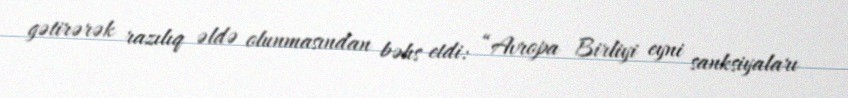
gətirərək razılıq əldə olunmasından bəhs etdi: “Avropa Birliyi eyni sanksiyaları